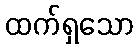
ထက်ရှသော